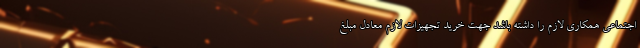
اجتماعی همکاری لازم را داشته باشد جهت خرید تجهیزات لازم معادل مبلغ